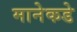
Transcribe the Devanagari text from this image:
मानेकडे